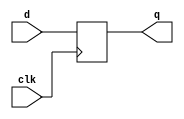
// Listing 4.1
module d_ff
   (
    input wire clk,
    input wire d,
    output reg q
   );

   // body
   always @(posedge clk)
      q <= d;

endmodule